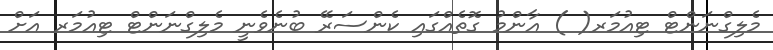
މެލިގްނަންޓް ޓިއުމަރ( ) އާންމު ގޮތެއްގައި ކެންސަރޭ ބުނެވެނީ މެލިގްނަންޓް ޓިއުމަރ އަށް